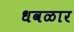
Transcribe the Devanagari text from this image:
धवळार